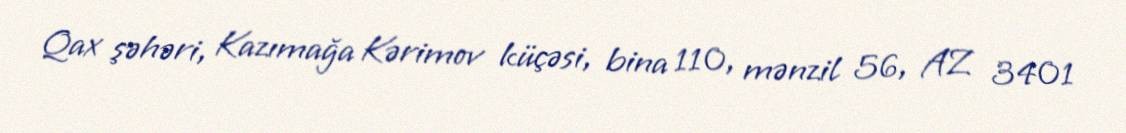
Qax şəhəri, Kazımağa Kərimov küçəsi, bina 110, mənzil 56, AZ 3401